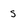
Character: s